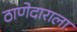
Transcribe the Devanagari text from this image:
ठाणेदाराला